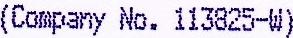
(COMPANY NO. 113825-W)